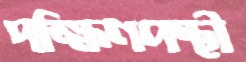
দক্ষিণপন্থী